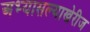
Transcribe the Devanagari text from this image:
अभ्यासल्याखेरीज